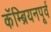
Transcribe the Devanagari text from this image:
कॅम्ब्रियनपूर्व